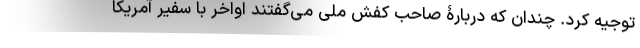
توجیه کرد. چندان که دربارۀ صاحب کفش ملی می‌گفتند اواخر با سفیر آمریکا